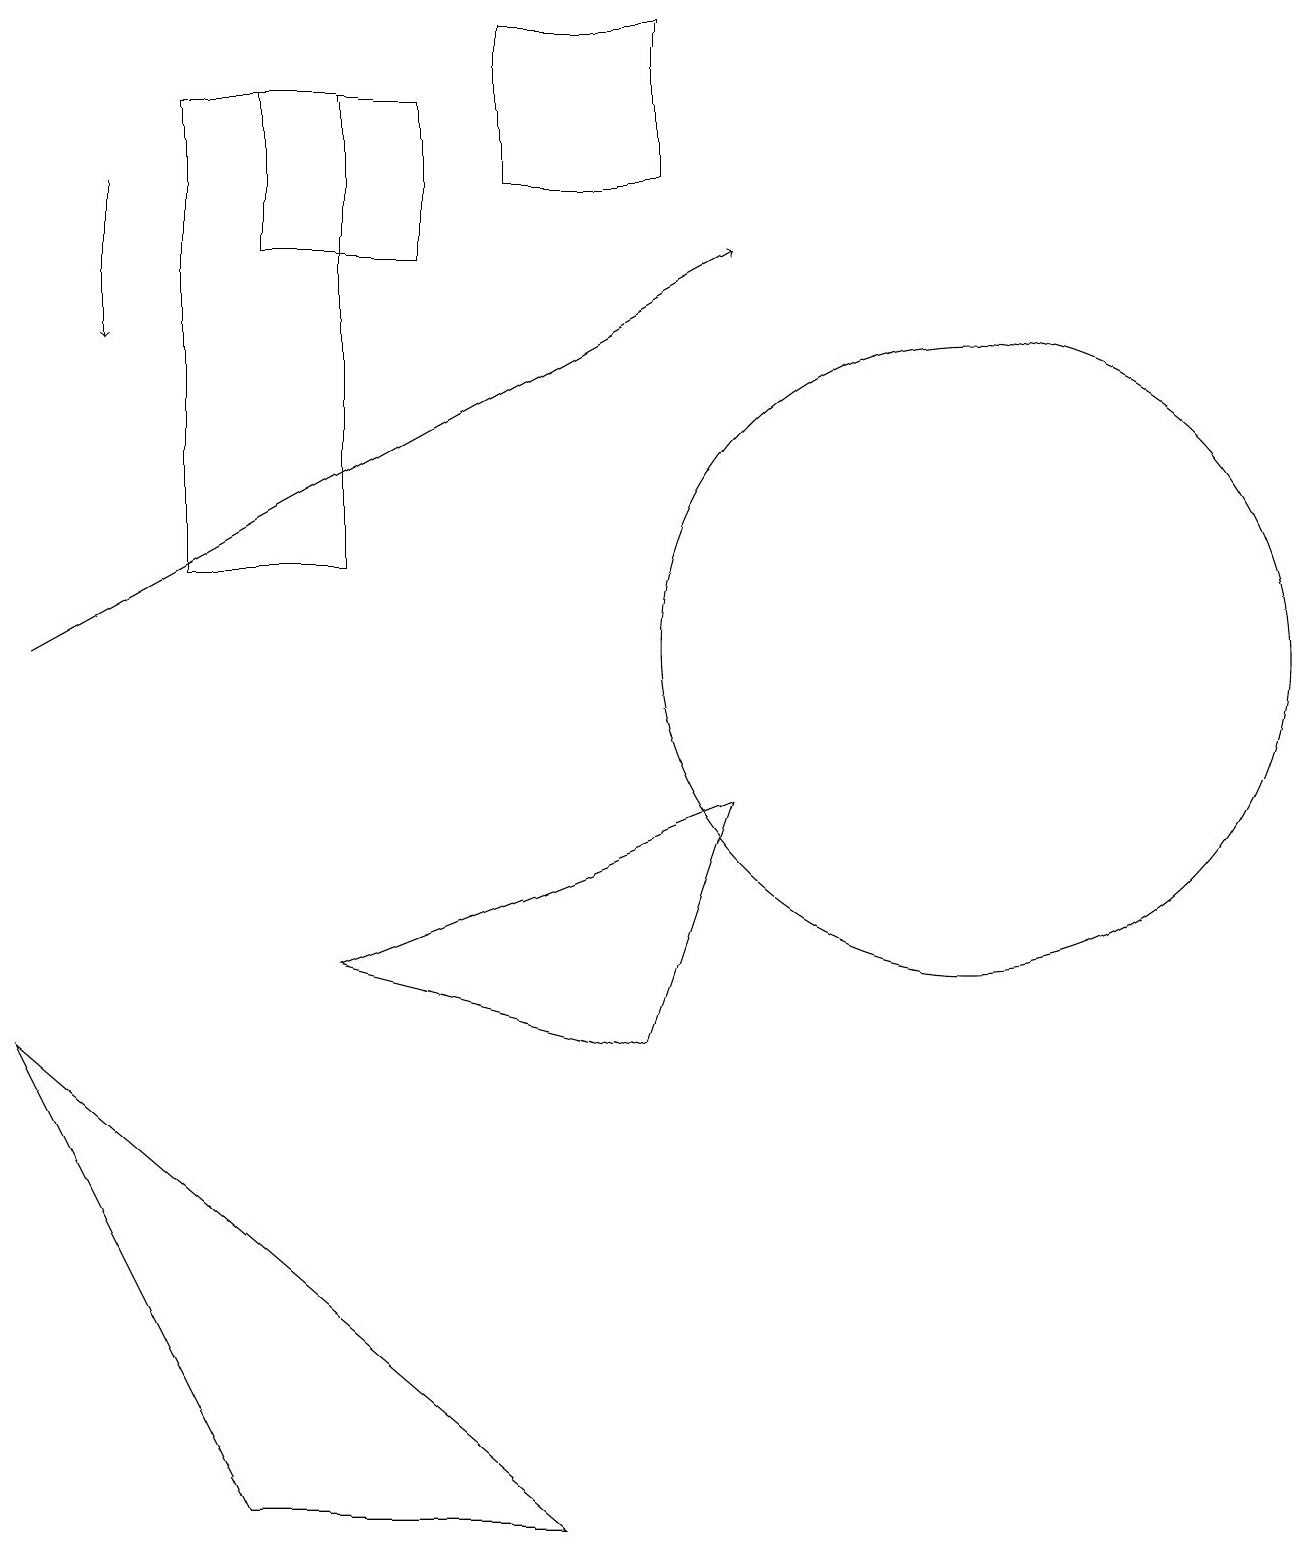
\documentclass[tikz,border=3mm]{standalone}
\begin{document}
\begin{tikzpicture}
\draw[->] (1,17) -- (1,15);
\draw (4,12) rectangle (2,18);
\draw (5,18) rectangle (3,16);
\draw[->] (0,11) -- (9,16);
\draw (8,17) rectangle (6,19);
\draw (12,11) circle (4);
\draw (8,6) -- (4,7) -- (9,9) -- cycle;
\draw (7,0) -- (0,6) -- (3,0) -- cycle;
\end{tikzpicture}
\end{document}